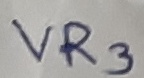
Text: VR3